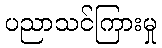
ပညာသင်ကြားမှု